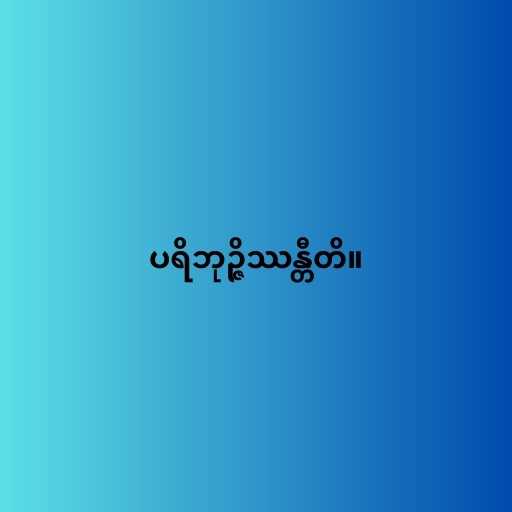
ပရိဘုဉ္ဇိဿန္တီတိ။